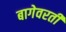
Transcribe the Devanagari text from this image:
बागेवरती